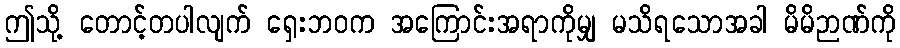
ဤသို့ တောင့်တပါလျက် ရှေးဘဝက အကြောင်းအရာကိုမျှ မသိရသောအခါ မိမိဉာဏ်ကို